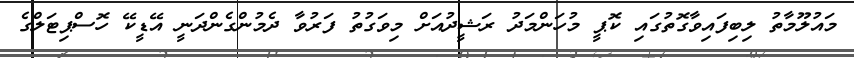
މައުލޫމާތު ލިބިފައިވާގޮތުގައި ކޮޕީ މުހަންމަދު ރަޝީދުއަށް މިވަގުތު ފަރުވާ ދެމުންގެންދަނީ އޭޑީކޭ ހޮސްޕިޓަލްގެ